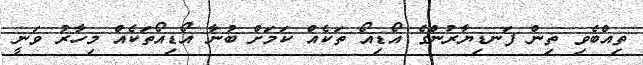
ތިއްބެވި ތިން ފަނޑިޔާރުންގެ އޯޑިއޯ ތަކެއް ކަމަށް ބުނާ އޯޑިއޯތަކެއް މިހާރު ވަނީ